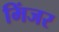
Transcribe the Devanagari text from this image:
मिंजर